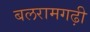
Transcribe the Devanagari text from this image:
बलरामगढ़ी